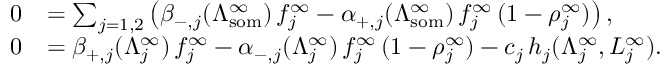
\begin{array} { r l } { 0 } & { = \sum _ { j = 1 , 2 } \left( \beta _ { - , j } ( \Lambda _ { \mathrm { s o m } } ^ { \infty } ) \, f _ { j } ^ { \infty } - \alpha _ { + , j } ( \Lambda _ { \mathrm { s o m } } ^ { \infty } ) \, f _ { j } ^ { \infty } \, ( 1 - \rho _ { j } ^ { \infty } ) \right) , } \\ { 0 } & { = \beta _ { + , j } ( \Lambda _ { j } ^ { \infty } ) \, f _ { j } ^ { \infty } - \alpha _ { - , j } ( \Lambda _ { j } ^ { \infty } ) \, f _ { j } ^ { \infty } \, ( 1 - \rho _ { j } ^ { \infty } ) - c _ { j } \, h _ { j } ( \Lambda _ { j } ^ { \infty } , L _ { j } ^ { \infty } ) . } \end{array}